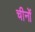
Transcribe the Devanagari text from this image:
चीनों